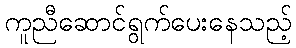
ကူညီဆောင်ရွက်ပေးနေသည့်